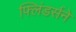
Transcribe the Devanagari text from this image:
फ्लिंडर्सने